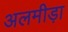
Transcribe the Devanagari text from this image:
अलमीड़ा